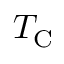
T _ { \mathrm { C } }